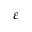
\varepsilon